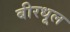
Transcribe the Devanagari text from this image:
बीरधूल